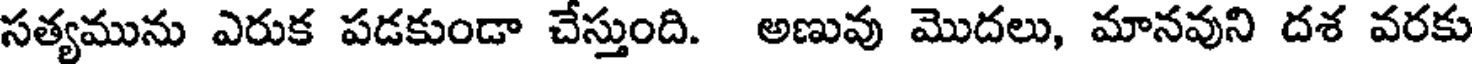
సత్యమును ఎరుక పడకుండా చేస్తుంది. అణువు మొదలు, మానవుని దశ వరకు